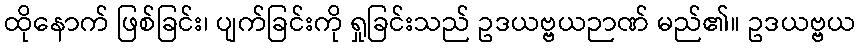
ထိုနောက် ဖြစ်ခြင်း၊ ပျက်ခြင်းကို ရှုခြင်းသည် ဥဒယဗ္ဗယဉာဏ် မည်၏။ ဥဒယဗ္ဗယ